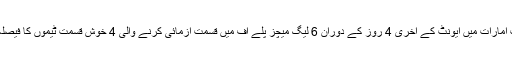
متحدہ عرب امارات میں ایونٹ کے آخری 4 روز کے دوران 6 لیگ میچز پلے آف میں قسمت آزمائی کرنے والی 4 خوش قسمت ٹیموں کا فیصلہ کریں گی۔